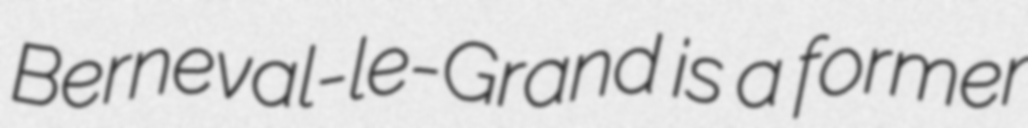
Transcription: Berneval-le-Grand is a former